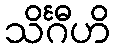
သိင်္ဂီဟိ